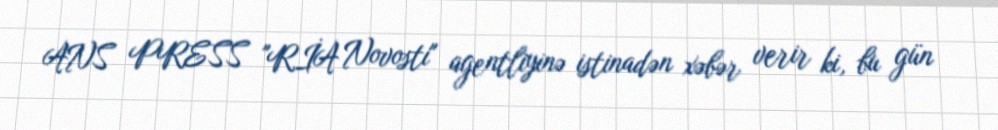
ANS PRESS "RİA Novosti" agentliyinə istinadən xəbər verir ki, bu gün